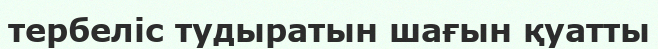
тербеліс тудыратын шағын қуатты